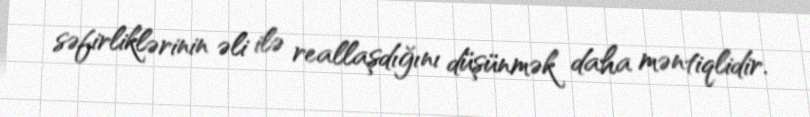
səfirliklərinin əli ilə reallaşdığını düşünmək daha məntiqlidir.